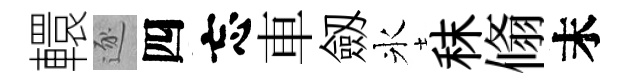
轘逐四忘車劔氷秣翛末